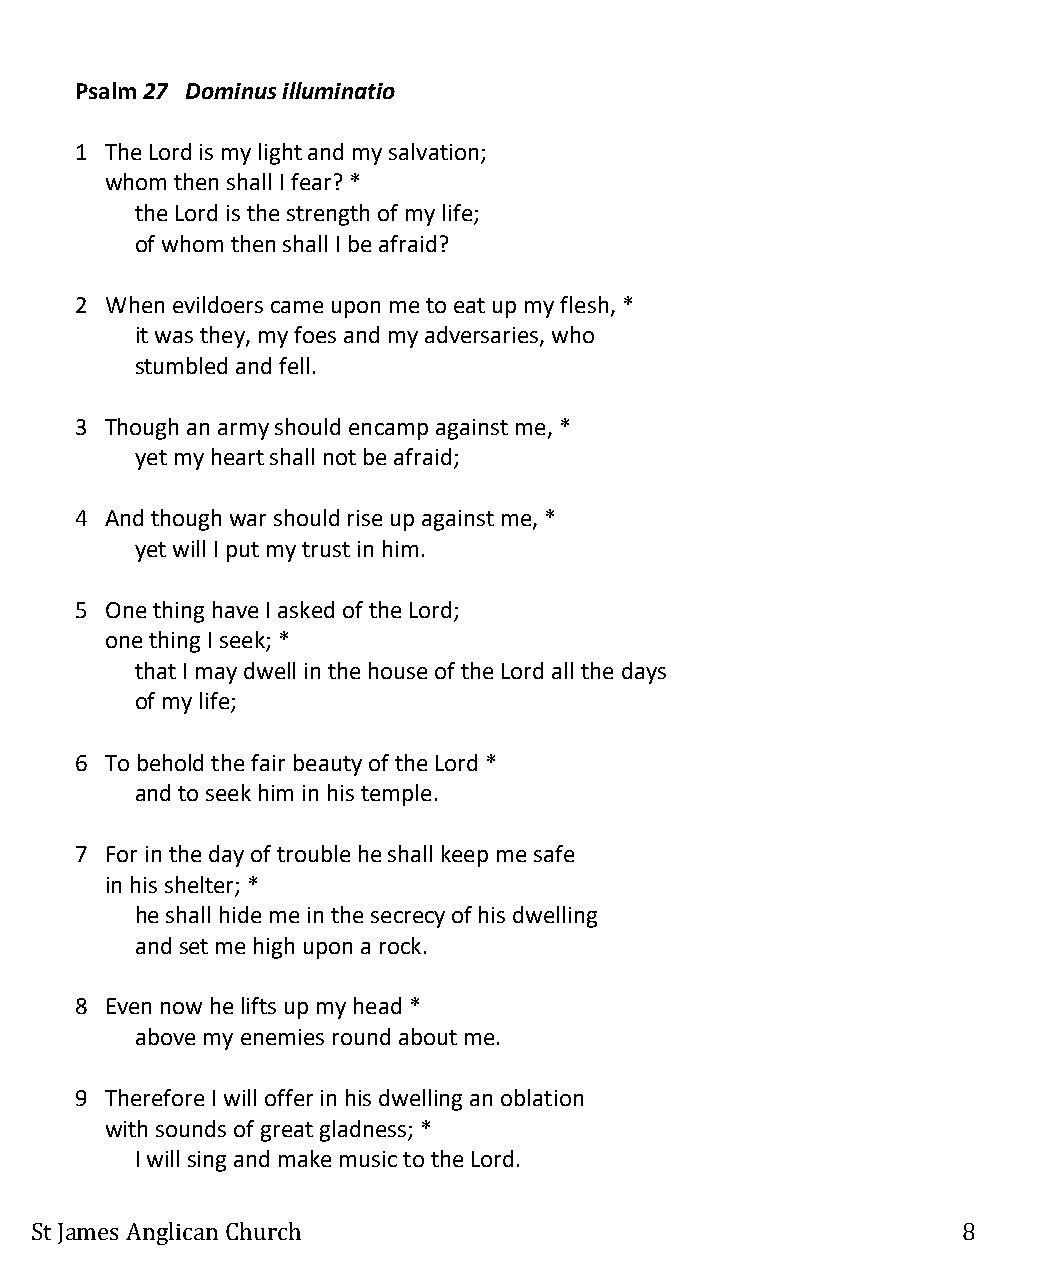
Psalm 27 Dominus illuminatio
 1 The Lord is my light and my salvation;
 whom then shall I fear? *
 the Lord is the strength of my life;
 of whom then shall I be afraid?
 2 When evildoers came upon me to eat up my flesh, *
 it was they, my foes and my adversaries, who
 stumbled and fell.
 3 Though an army should encamp against me, *
 yet my heart shall not be afraid;
 4 And though war should rise up against me, *
 yet will I put my trust in him.
 5 One thing have I asked of the Lord;
 one thing I seek; *
 that I may dwell in the house of the Lord all the days
 of my life;
 6 To behold the fair beauty of the Lord *
 and to seek him in his temple.
 7 For in the day of trouble he shall keep me safe
 in his shelter; *
 he shall hide me in the secrecy of his dwelling
 and set me high upon a rock.
 8 Even now he lifts up my head *
 above my enemies round about me.
 9 Therefore I will offer in his dwelling an oblation
 with sounds of great gladness; *
 I will sing and make music to the Lord.
 St James Anglican Church                                      8